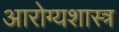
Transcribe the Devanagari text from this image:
आरोग्यशास्त्र